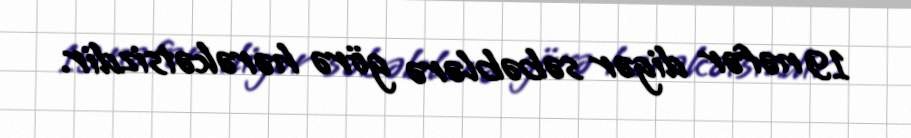
19 nəfər digər səbəblərə görə hərəkətsizdir.